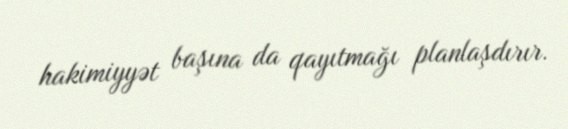
hakimiyyət başına da qayıtmağı planlaşdırır.